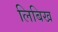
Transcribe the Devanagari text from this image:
लिबिख